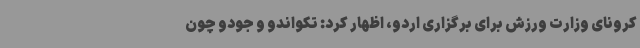
کرونای وزارت ورزش برای برگزاری اردو، اظهار کرد: تکواندو و جودو چون